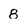
Character: 8